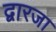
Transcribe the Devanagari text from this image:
द्वारजा